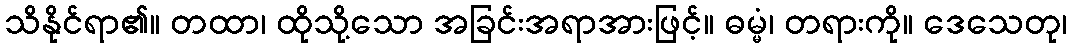
သိနိုင်ရာ၏။ တထာ၊ ထိုသို့သော အခြင်းအရာအားဖြင့်။ ဓမ္မံ၊ တရားကို။ ဒေသေတု၊